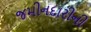
જમીનદારીની